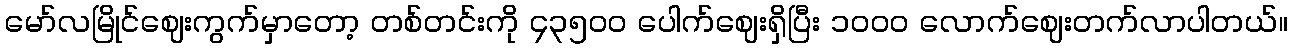
မော်လမြိုင်ဈေးကွက်မှာတော့ တစ်တင်းကို ၄၃၅၀၀ ပေါက်ဈေးရှိပြီး ၁၀၀၀ လောက်ဈေးတက်လာပါတယ်။